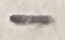
Text: _